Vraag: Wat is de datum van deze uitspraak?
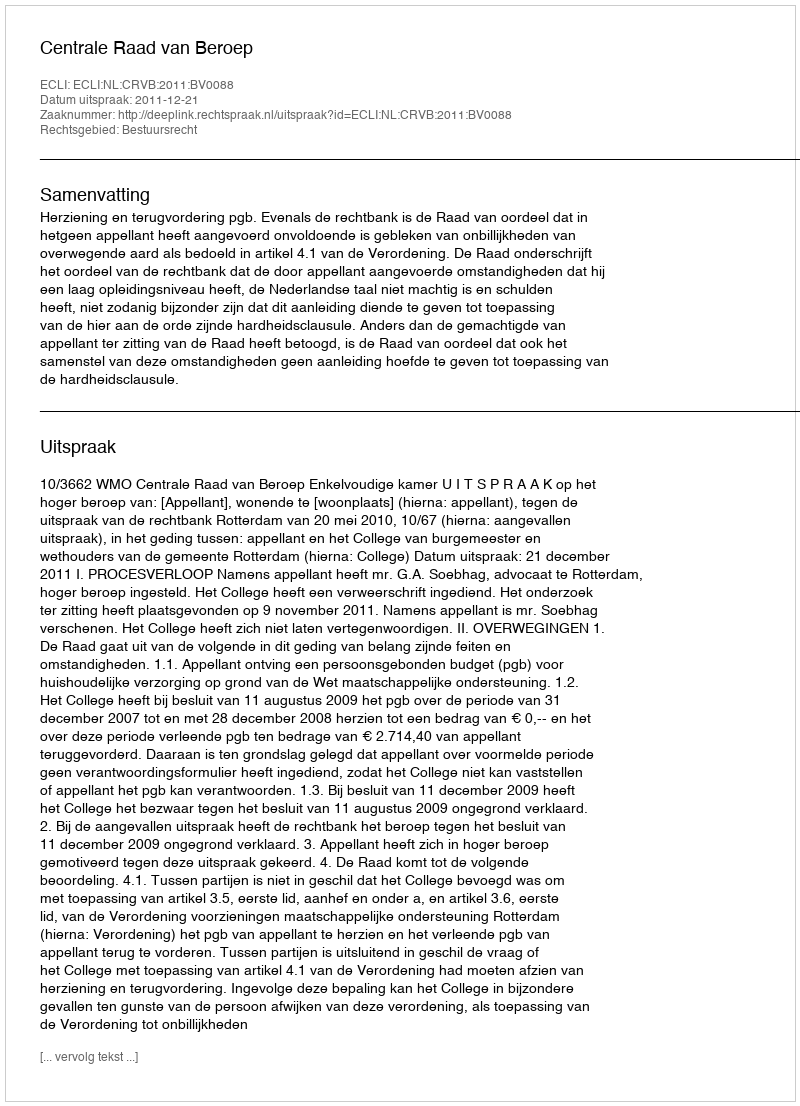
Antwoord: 2011-12-21